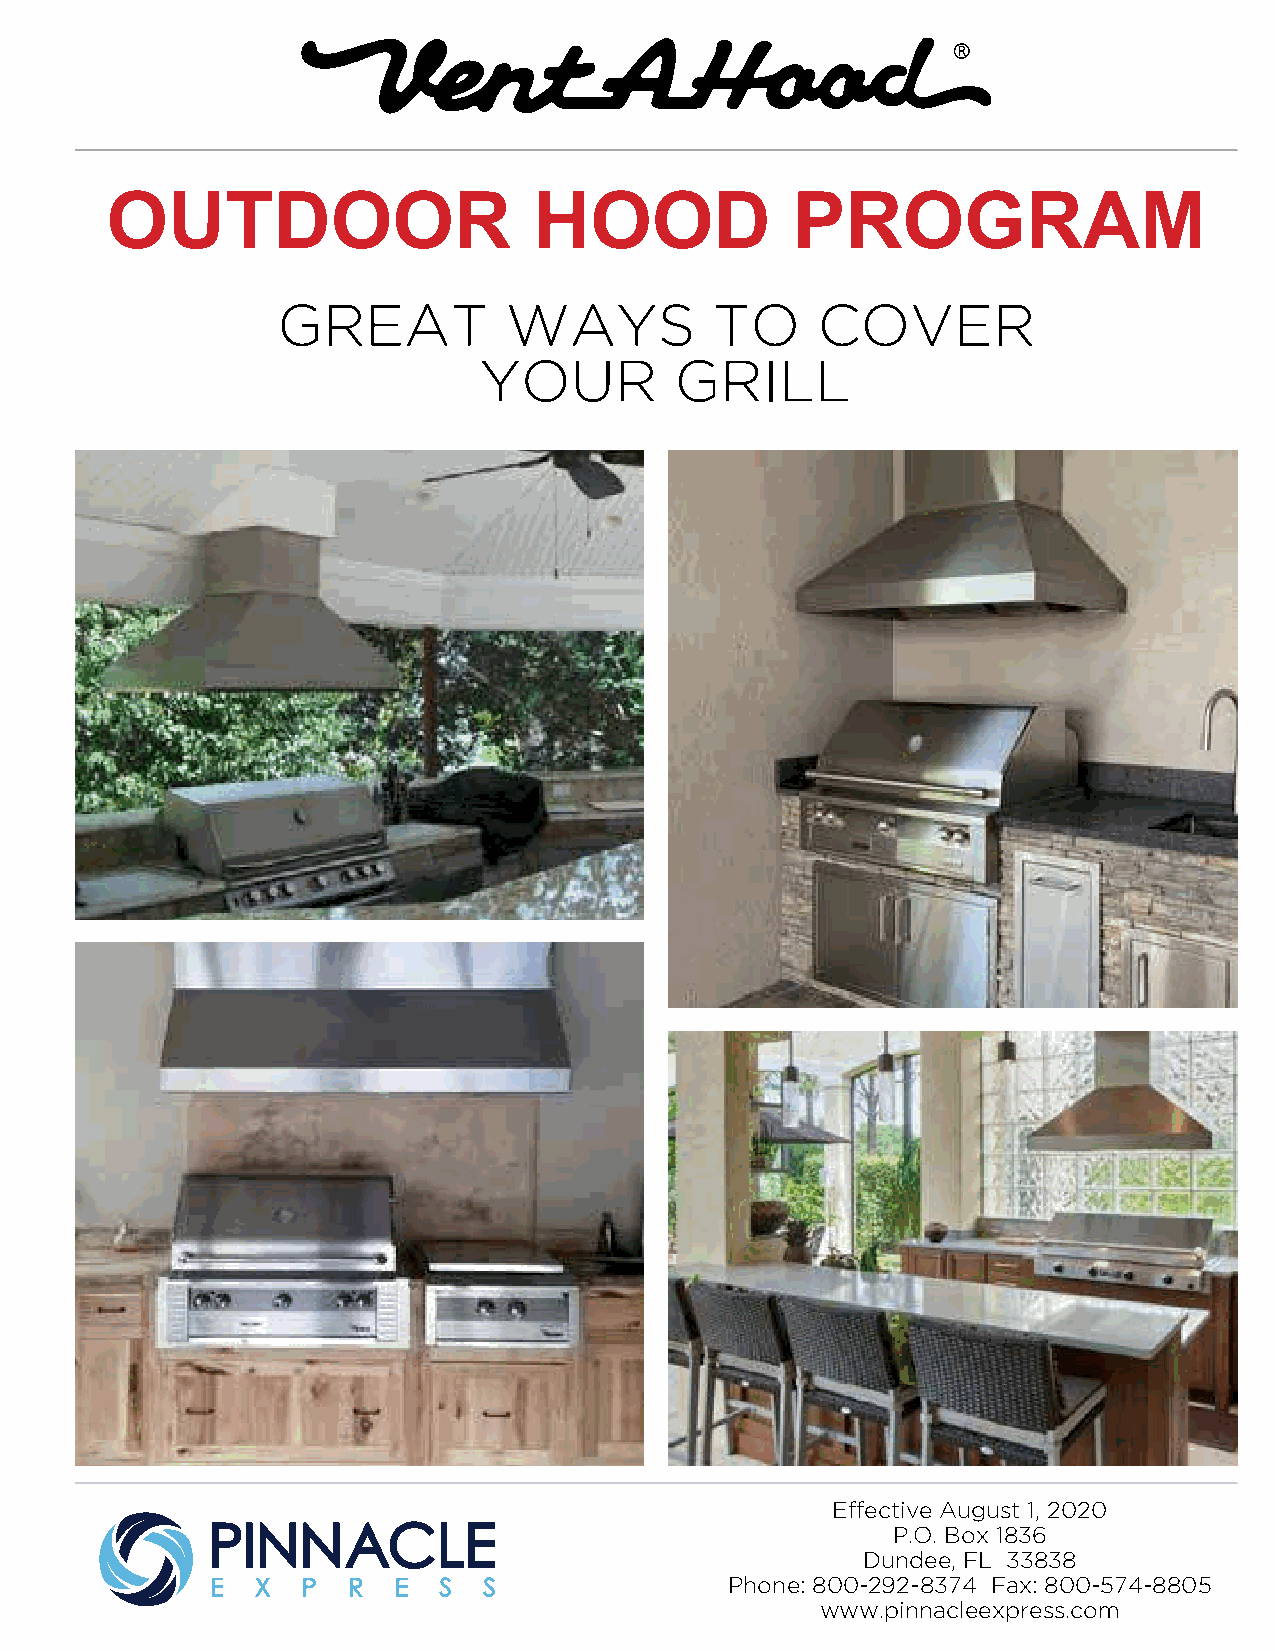
OUTDOOR                     HOOD             PROGRAM
 GREAT          WAYS          TO     COVER
 YOUR         GRILL
 Effective August 1, 2020
 P.O. Box 1836
 Dundee, FL 33838
 Phone: 800-292-8374 Fax: 800-574-8805
 www.pinnacleexpress.com